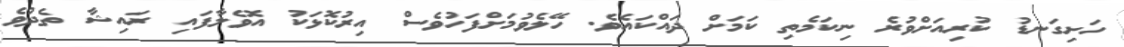
ހަށިގަނޑު ކުރިއަށްވުރެ ނިކަމެތި ކަމަށް ދައްކައެވެ. ހޭލެވުމަށްފަހުވެސް އިރުކޮޅަކު އޮވެލާފައި ރައިޝާ ތެދުވެ